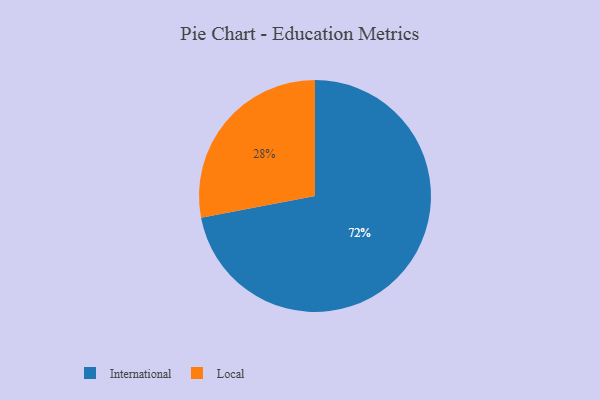
{"axis": {"x": "Category", "y": "Percentage"}, "legend": ["International", "Local"], "data": [{"x": "Local", "y": 28, "type": "Local"}, {"x": "International", "y": 72, "type": "International"}]}